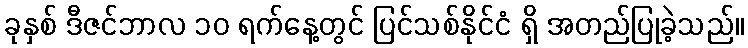
ခုနှစ် ဒီဇင်ဘာလ ၁၀ ရက်နေ့တွင် ပြင်သစ်နိုင်ငံ ရှိ အတည်ပြုခဲ့သည်။